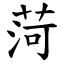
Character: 菏